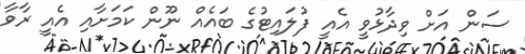
ސަން އަށް ވިދާޅުވީ އެއީ ފުލައިޓުގެ ބައެއް ނޫން ކަމަށާއި އެއީ ރާވާ